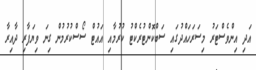
އަދި އިންވެސްޓަރު މިސަރަހައްދުގައި ސަބްކޮންޓުރެކްޓު ކުރުމާއި އައުޓް ސޯސްކުރުމުން ގިނަ ވިޔަފާރި ދާއިރާ